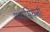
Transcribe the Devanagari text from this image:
एनासियनों